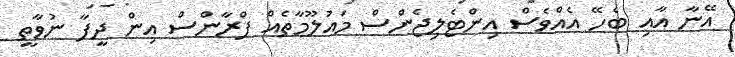
އޭނާ އާއި ބެހޭ އެއްވެސް އިންޓެލިޖެންސް މައުލޫމާތެއް ފްރާންސް އިން ދީފާ ނުވާތީ